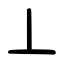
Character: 丄